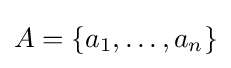
A=\{a_{1},\ldots ,a_{n}\}